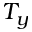
T _ { y }